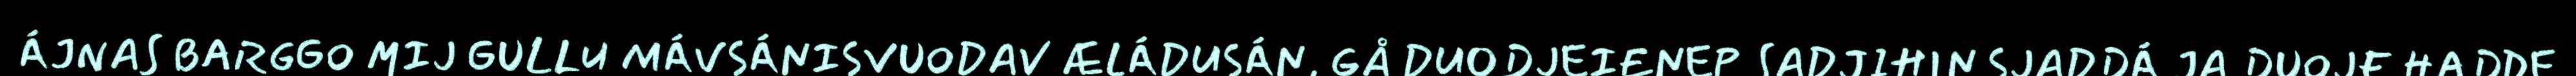
ÁJNAS BARGGO MIJ GULLU MÁVSÁNISVUODAV ÆLÁDUSÁN, GÅ DUODJEIENEP SADJIHIN SJADDÁ JA DUOJE HADDE